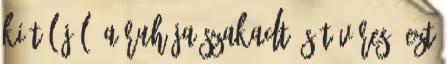
ki túl jól. A ruhája szakadt, sőt véres. Ezt